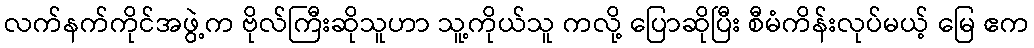
လက်နက်ကိုင်အဖွဲ့က ဗိုလ်ကြီးဆိုသူဟာ သူ့ကိုယ်သူ ကလို့ ပြောဆိုပြီး စီမံကိန်းလုပ်မယ့် မြေ ဧက